Statistical return of the lunatic asylum in Assam - 1912-1932
Year: 1912
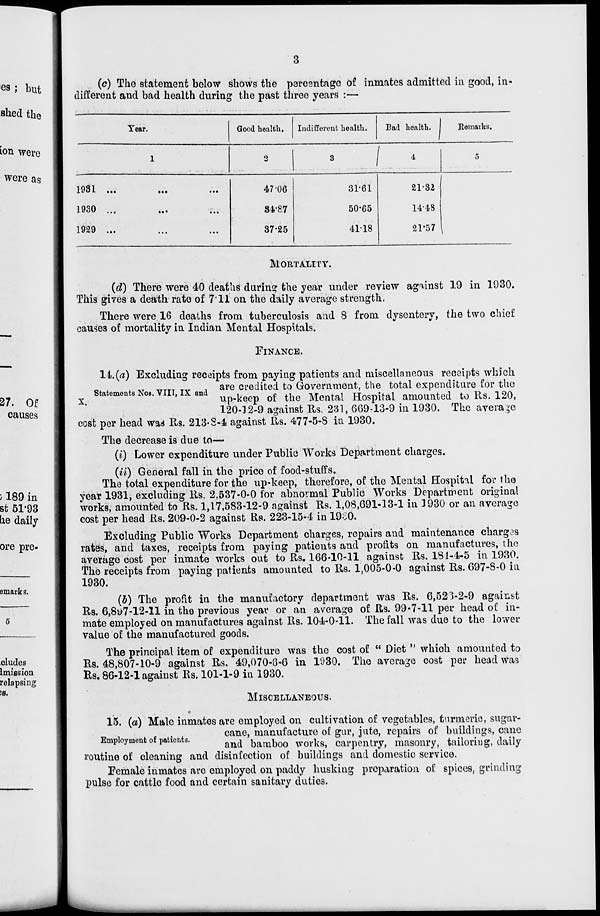
(c) The statement below shows the percentage of inmates admitted in good, in«
different and bad health during the past three years :—
Year.
Good health.
Indifferent health.
Bad health.
Eemavks.
1931 ...
1930 ...
1929 ...
..«
47-06
84-87
37-25
31-61
50-65
4118
21-32
14-48
21*57
MORTALITY.
(d) There were 40 deaths during the year under review against 19 in 1930.
This gives a death rate of 7*11 on the daily average strength.
There were 16 deaths from tuberculosis and 8 from dysentery, the two chief
causes of mortality in Indian Mental Hospitals.
FINANCE.
14.(a) Excluding receipts from paying patients and miscellaneous receipts which
<u *
t \ r TTTTT TTT J ai 'e credited to Government, the total expenditure for the
Statements NOB. VIII, IX and
.
c ,,
,-
. T l
., ,
r , ,
10
, nr .
x
up-keep of the Mental Hospital amounted to Rs. 120,
120-12-9 against Rs. 231, 669-13-9 in 1930. The average
cost per head wad Rs. 213-S-4 against Rs. 477-5-8 in 1930.
The decrease is due to—
(i) Lower expenditure under Public Works Department charges.
(U) General fall in the price of food-stuffs.
The total expenditure for the up-keep, therefore, of the Mental Hospital for the
year 1931, excluding Rs. 2,537-0-0 for abnormal Public Works Department original
works, amounted to Rs. 1,17,583-12-9 against Rs. 1,08,691-13-1 in 3 930 or an average
cost per head Rs. 209-0-2 against Rs. 223-15-4 in 19o0.
Excluding Public Works Department charges, repairs and maintenance charges
rates, and taxes, receipts from paying patients and profits on manufactures, the
average cost per inmate works out to Rs. 166-10-11 against Rs. 181-4-5 in 1930.
The receipts from paying patients amounted to Rs. 1,005-0-0 against Rs. 697-8-0 in
1930.
(b) The profit in the manufactory department was Rs. 6,523-2-9 against
Rs. 6,8^7-12-11 in the previous year or an average of Rs. 99*7-11 per head of in-
mate employed on manufactures against Rs. 104-0-11. The fall was due to the lower
value of the manufactured goods.
The principal item of expenditure was the cost of " Diet " which amounted to
Rs. 48,807-10-9 against Rs, 49,070-3-6 in 1030. The average cost per head was
Rs. 86-12-1 against Rs. 101-1-9 in 1930.
MISCELLANEOUS.
15. (a) Male inmates are employed on cultivation of vegetables, tnrmorie, sugar-
cane, manufacture of gur, jute, repairs of buildings, cane
mpoymen o pa ion a.
&^ bamboo works, carpentry, masonry, tailoring, daily
routine of cleaning and disinfection of buildings and domestic service.
Female inmates are employed on paddy husking preparation of spices, grinding
pulse for cattle food and certain sanitary duties.